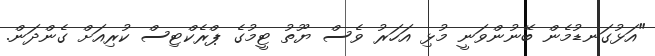
"އަޅުގަނޑުމެން ބޭނުންވަނީ މުޅި އަހަރު ވެސް ޔޫތު ޓީމުގެ ޕްރެކްޓިސް ކުރިއަށް ގެންދަން.